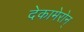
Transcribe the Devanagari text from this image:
देकामेरोन्